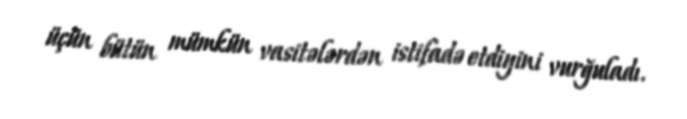
üçün bütün mümkün vasitələrdən istifadə etdiyini vurğuladı.